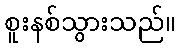
စူးနစ်သွားသည်။